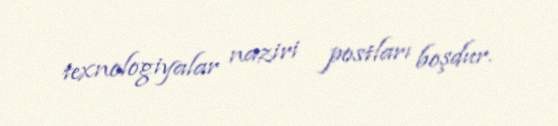
texnologiyalar naziri postları boşdur.